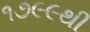
૧૭૯૯થી